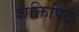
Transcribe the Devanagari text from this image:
शक्तिपिठ